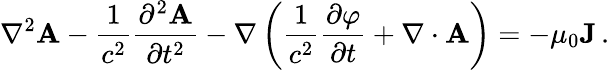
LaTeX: \nabla^{2}\mathbf{A}-{\frac{1}{c^{2}}}{\frac{\partial^{2}\mathbf{A}}{\partial t^{2}}}-\nabla\left({\frac{1}{c^{2}}}{\frac{\partial\varphi}{\partial t}}+\nabla\cdot\mathbf{A}\right)=-\mu_{0}\mathbf{J}\, .